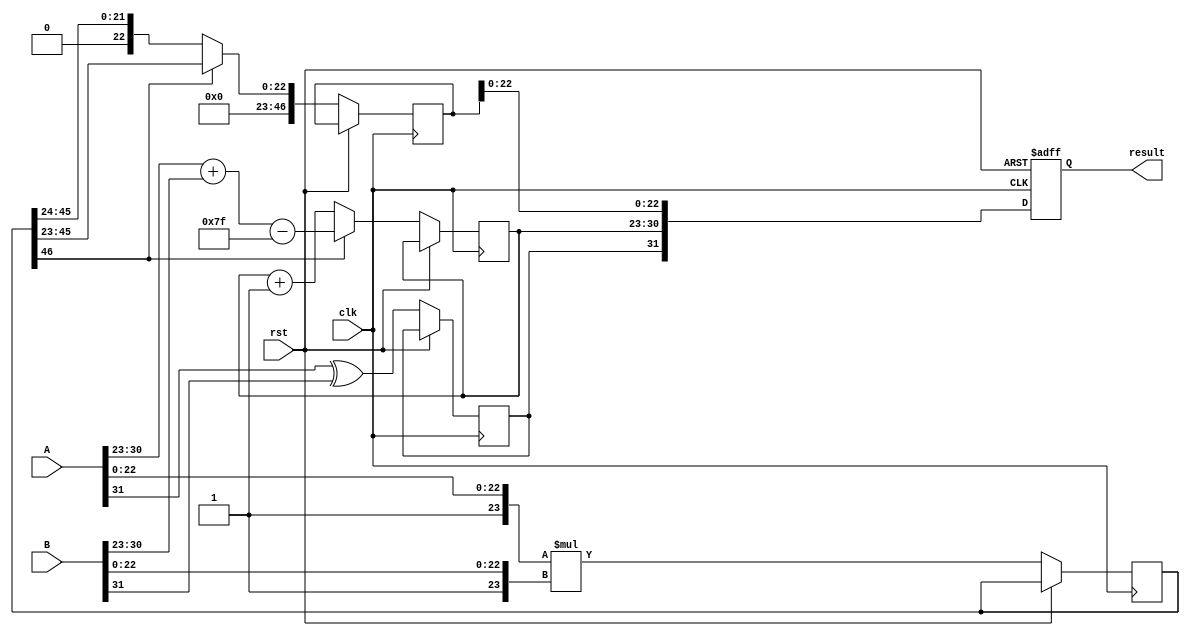
module radix4_fp_multiplier #(
    parameter E = 8, // Number of exponent bits
    parameter M = 23 // Number of mantissa bits
)(
    input wire clk,
    input wire rst,
    input wire [E + M:0] A, // IEEE 754 format: 1 sign + E exponent + M mantissa
    input wire [E + M:0] B,
    output reg [E + M:0] result // Output in IEEE 754 format
);

    // Internal signals
    wire sign_A, sign_B;
    wire [E-1:0] exp_A, exp_B;
    wire [M:0] mant_A, mant_B; // Including implicit leading 1
    wire [M + M:0] mant_product; // Product of mantissas
    reg [E-1:0] result_exp;
    reg result_sign;
    reg [M + M:0] normalized_mant;
    reg [E-1:0] bias = (1 << (E - 1)) - 1; // Bias calculation

    // Extract sign, exponent, and mantissa
    assign sign_A = A[E + M];
    assign exp_A = A[E + M - 1:E + M - E];
    assign mant_A = {1'b1, A[M - 1:0]}; // Implicit leading 1

    assign sign_B = B[E + M];
    assign exp_B = B[E + M - 1:E + M - E];
    assign mant_B = {1'b1, B[M - 1:0]}; // Implicit leading 1

    // Radix-4 multiplication of mantissas
    always @(posedge clk or posedge rst) begin
        if (rst) begin
            result <= 0;
        end else begin
            // Calculate the product of mantissas
            mant_product <= mant_A * mant_B; // Simple multiplication for illustration

            // Calculate the resulting exponent
            result_exp <= exp_A + exp_B - bias;

            // Calculate the resulting sign
            result_sign <= sign_A ^ sign_B;

            // Normalize the result
            if (mant_product[M + M] == 1) begin
                // If the product is in the range [1.0, 2.0), no normalization needed
                normalized_mant <= mant_product[M + M - 1:M];
            end else begin
                // If the product is >= 2.0, shift right and increment exponent
                normalized_mant <= mant_product[M + M - 1:M] >> 1;
                result_exp <= result_exp + 1;
            end

            // Combine sign, exponent, and mantissa into the result
            result <= {result_sign, result_exp, normalized_mant[M-1:0]};
        end
    end
endmodule